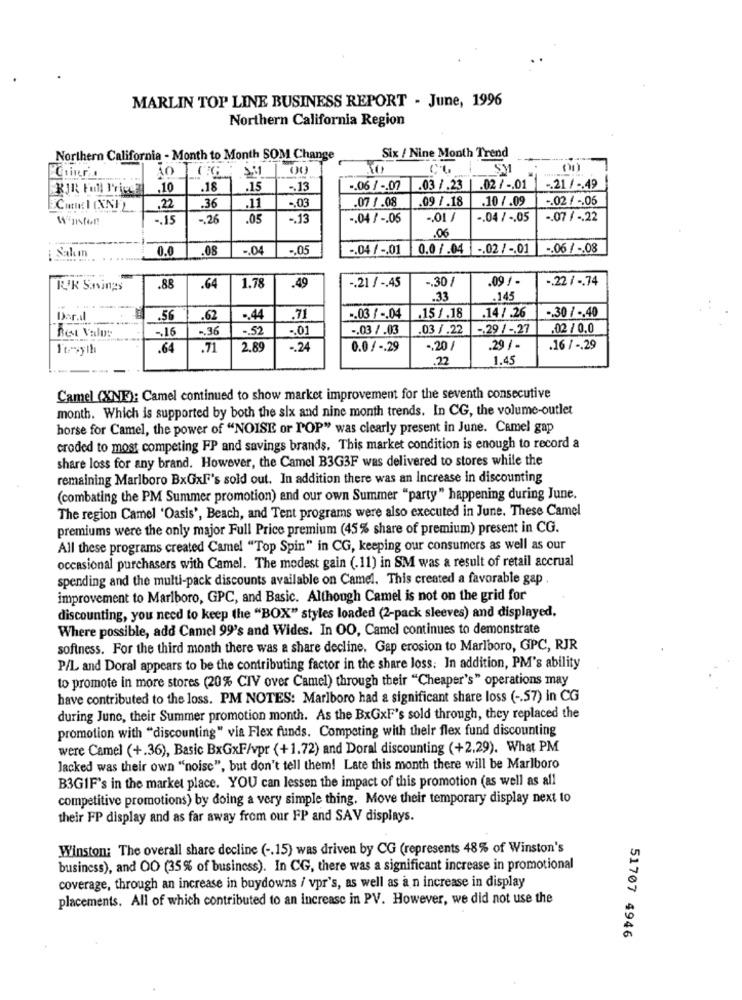
MARLIN TOP LINE BUSINESS REPORT - June, 1996
Northern California Region
Northern California - Month to Month SOM Change
Six / Nine Month Trend
AO
SM
KIR Full Price
.10
.18
.15
-. 13
.. 06 / -. 07
03 /.23
.02 / -. 01
.21/ -. 49
.36
.07 /.08
09 /.18
.10 7.09
-. 02 / -. 06
22
.11
-. 03
Winston
-. 15
-. 26
.05
-. 13
-. 04 / -. 05
-. 01 /
-. 04 / -. 05
-. 07 / -. 22
.06
Salm
0.0
.08
-. 04
.. 05
-. 04 / -. 01
0.0 /.04
-, 02 / -. 01 -. 06 / -. 08
-. 30 /
.09 / -
-. 22 / -. 74
RUK Savings
.88
.64
1.78
.49
-. 21 / -. 45
.33
.145
-. 30 / -. 40
Der.il
.56
.62
.. 44
.71
-. 03 / -. 04
15 /.18
.14/ .26
Best Valus
-. 16
-. 36
-. 52
-. 01
-. 03 / .03
03 /.22
-. 29 / -. 27
.02 / 0.0
It-yılı
-
.64
.71
2.89
-. 24
0.0 / -. 29
-. 20 /
.29 /
.16 / -. 29
.22
1.45
Camel (XNE): Camel continued to show market improvement for the seventh consecutive
month. Which is supported by both the six and nine month trends. In CG, the volume-outlet
horse for Camel, the power of "NOISE or POP" was clearly present in June. Camel gap
croded to most competing FP and savings brands. This market condition is enough to record a
share loss for any brand. However, the Camel B3G3F was delivered to stores while the
remaining Marlboro BxGxF's sold out. In addition there was an Increase in discounting
(combating the PM Summer promotion) and our own Summer "party" happening during June.
The region Camel 'Oasis', Beach, and Tent programs were also executed in June. These Camel
premiums were the only major Full Price premium (45% share of premium) present in CG.
All these programs created Camel "Top Spin" in CG, keeping our consumers as well as our
occasional purchasers with Camel. The modest gain (.11) in SM was a result of retail accrual
spending and the multi-pack discounts available on Camel. This created a favorable gap .
improvement to Marlboro, GPC, and Basic. Although Camel is not on the grid for
discounting, you need to keep the "BOX" styles loaded (2-pack sleeves) and displayed.
Where possible, add Camel 99's and Wides. In OO, Camel continues to demonstrate
softness. For the third month there was a share decline. Gap erosion to Marlboro, GPC, RJR
P/L and Doral appears to be the contributing factor in the share loss; In addition, PM's ability
to promote in more stores (20% CIV over Camel) through their "Cheaper's" operations may
have contributed to the loss. PM NOTES: Marlboro had a significant share loss ( -. 57) in CG
during June, their Summer promotion month. As the BxGxF's sold through, they replaced the
promotion with "discounting" via Flex funds. Competing with their flex fund discounting
were Camel (+.36), Basic BxGxF/vpr (+1.72) and Doral discounting (+2.29). What PM
Jacked was their own "noisc", but don't tell them! Late this month there will be Marlboro
B3GIF's in the market place. YOU can lessen the impact of this promotion (as well as all
competitive promotions) by doing a very simple thing. Move their temporary display next to
their FP display and as far away from our FP and SAV displays.
Winston: The overall share decline ( -. 15) was driven by CG (represents 48% of Winston's
business), and OO (35% of business). In CG, there was a significant increase in promotional
coverage, through an increase in buydowns / vpr's, as well as à n increase in display
placements. All of which contributed to an increase in PV. However, we did not use the
51707 4946